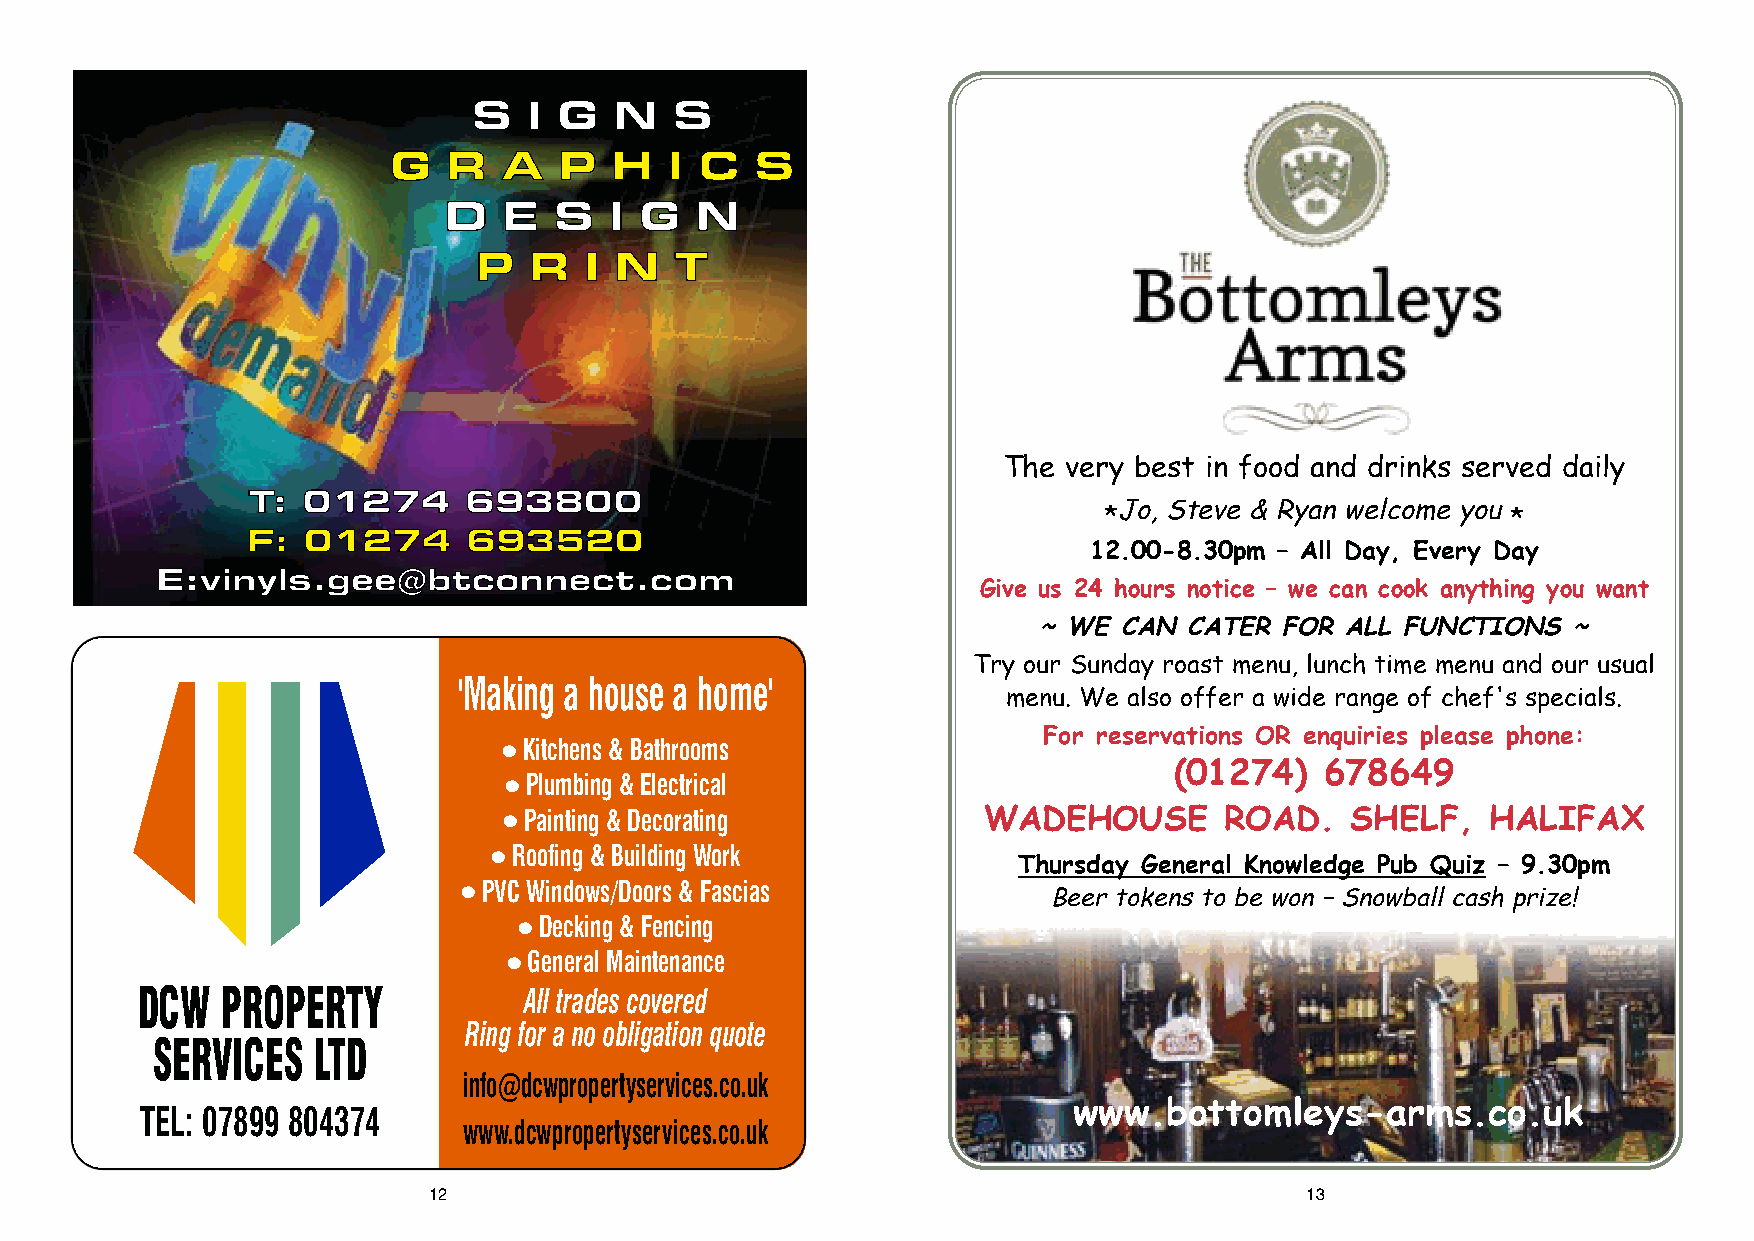
The  very best in food and drinks served daily
 Jo, Steve & Ryan welcome you
 *                          *
 12.00-8.30pm – All Day, Every Day
 Give us 24 hours notice – we can cook anything you want
 ~ WE CAN CATER  FOR ALL FUNCTIONS  ~
 Try our Sunday roast menu, lunch time menu and our usual
 'Making a house a home'
 menu. We also offer a wide range of chef's specials.
 For reservations OR enquiries please phone:
 ● Kitchens & Bathrooms
 (01274)   678649
 ● Plumbing & Electrical
 ● Painting & Decorating         WADEHOUSE       ROAD.   SHELF,    HALIFAX
 ● Roofing & Building Work
 Thursday General Knowledge Pub Quiz – 9.30pm
 ● PVC Windows/Doors & Fascias         Beer tokens to be won –Snowball cash prize!
 ● Decking & Fencing
 ● General Maintenance
 DCW   PROPERTY            All trades covered
 Ring for a no obligation quote
 SERVICES   LTD
 info@dcwpropertyservices.co.uk
 www.bottomleys-arms.co.uk
 TEL: 07899 804374
 www.dcwpropertyservices.co.uk
 12                                                        13